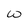
Character: w